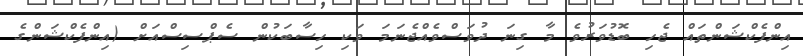
އިންފެކްޝަންތައް ޖެހި ބޮޑުވަރުވެ މާ ގިނަ ދުވަސްވެއްޖެނަމަ ވަކި ހިސާބަކުން ސެޕްސިސްއަށް (އިންފެކްޝަންގެ